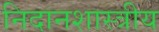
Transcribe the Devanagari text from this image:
निदानशास्त्रीय